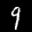
Label: 9